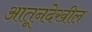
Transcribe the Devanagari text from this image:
आतूनदेखील